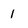
Character: 1